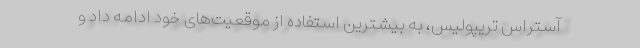
آستراس تریپولیس، به بیشترین استفاده از موقعیت‌های خود ادامه داد و